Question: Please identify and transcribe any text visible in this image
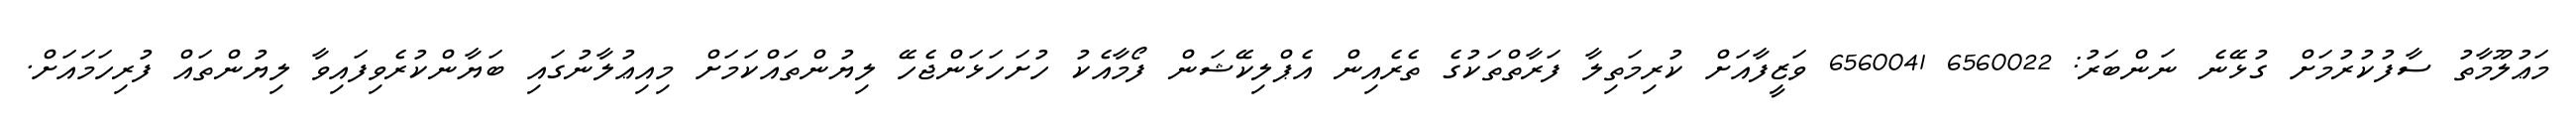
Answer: މަޢުލޫމާތު ސާފުކުރުމަށް ގުޅޭނެ ނަންބަރު: 6560022 6560041 ވަޒީފާއަށް ކުރިމަތިލާ ފަރާތްތަކުގެ ތެރެއިން އެޕްލިކޭޝަން ފޯމާއެކު ހުށަހަޅަންޖެހޭ ލިޔުންތައްކަމަށް މިއިޢުލާނުގައި ބަޔާންކުރެވިފައިވާ ލިޔުންތައް ފުރިހަމައަށް.